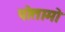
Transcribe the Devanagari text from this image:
पोतामो